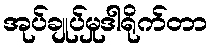
အုပ်ချုပ်မှုဒါရိုက်တာ